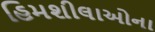
હિમશીલાઓના